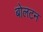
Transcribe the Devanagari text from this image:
बोलटन